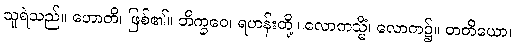
သူရဲသည်။ ဟောတိ၊ ဖြစ်၏။ ဘိက္ခဝေ၊ ရဟန်းတို့။ လောကသ္မိံ၊ လောက၌။ တတိယော၊